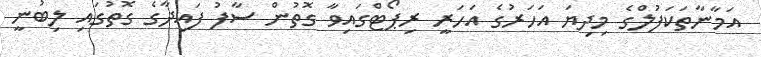
އަމާނާތަކަފުލްގެ މިދިޔަ އަހަރުގެ އަހަރީ ރިޕޯޓްގައިވާ ގޮތުން ސާފު ފައިދާގެ ގޮތުގައި ލިބުނީ